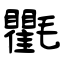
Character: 氍